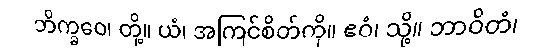
ဘိက္ခဝေ၊ တို့။ ယံ၊ အကြင်စိတ်ကို။ ဧဝံ၊ သို့။ ဘာဝိတံ၊